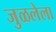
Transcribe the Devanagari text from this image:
जुळलेला